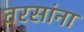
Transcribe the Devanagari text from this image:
तरसांना